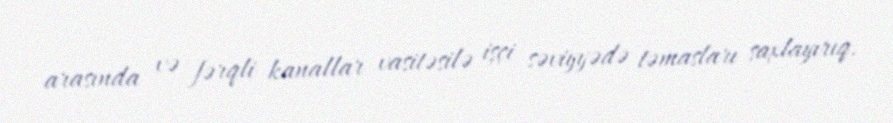
arasında və fərqli kanallar vasitəsilə işçi səviyyədə təmasları saxlayırıq.